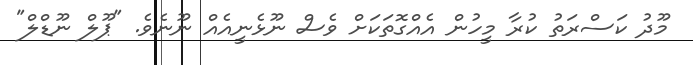
މޫދު ކަސްރަތު ކުރާ މީހުން އެއްގޮތަކަށް ވެސް ނޫޅެނީއެއް ނޫނެވެ. "ޕޫލް ނޫޑްލް"